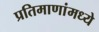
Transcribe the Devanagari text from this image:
प्रतिमाणांमध्ये